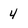
Character: 4